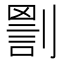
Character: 𠟑